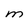
Character: M